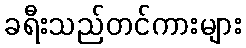
ခရီးသည်တင်ကားများ